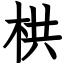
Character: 栱